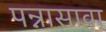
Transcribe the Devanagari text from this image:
पन्नासावा